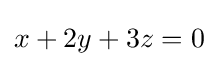
x+2y+3z=0